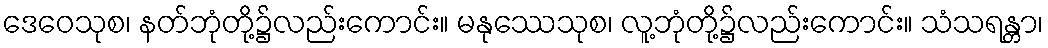
ဒေဝေသုစ၊ နတ်ဘုံတို့၌လည်းကောင်း။ မနုဿေသုစ၊ လူ့ဘုံတို့၌လည်းကောင်း။ သံသရန္တာ၊